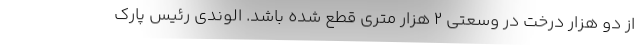
از دو هزار درخت در وسعتی ۲ هزار متری قطع شده باشد. الوندی رئیس پارک